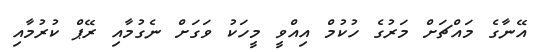
އޭނާގެ މައްޗަށް މަރުގެ ހުކުމް އިއްވީ މީހަކު ވަގަށް ނެގުމާއި ރޭޕް ކުރުމާއި